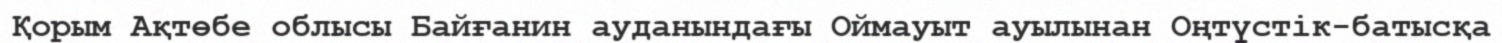
Қорым Ақтөбе облысы Байғанин ауданындағы Оймауыт ауылынан Оңтүстік-батысқа